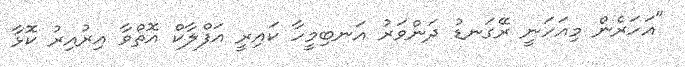
"އަހަރެން މިއަހަނީ ރޭގަނޑު ދަންވަރު އަނބިމީހާ ކައިރީ އަފްލާކް އޮތްވާ އިރުއިރު ކޮޅާ